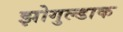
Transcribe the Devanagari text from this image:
झोगुल्डाक